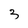
Character: 3